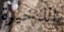
الذخيرة